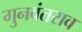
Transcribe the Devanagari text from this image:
गुनवंतराव